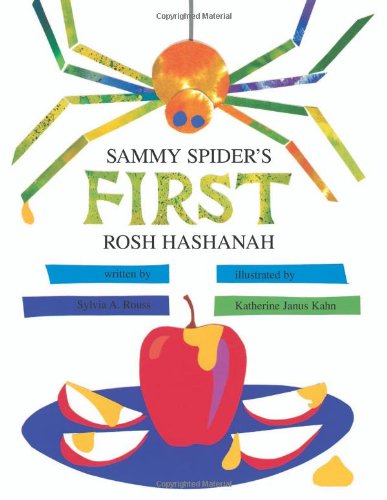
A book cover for Sammy Spider's First Rosh Hashanah; Sylvia Rouss; Children's Books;